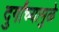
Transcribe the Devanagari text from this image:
दुर्गांच्यामुळे